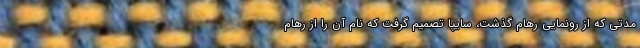
مدتی که از رونمایی رهام گذشت، سایپا تصمیم گرفت که نام آن را از رهام